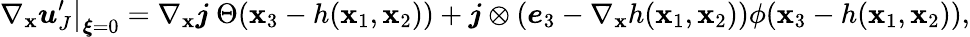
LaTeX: \nabla_{\boldsymbol{\mathbf{x}}}\left.\boldsymbol{u}_{J}^{\prime}\right|_{\boldsymbol{\xi}=0}=\nabla_{\boldsymbol{\mathbf{x}}}\boldsymbol{j}\ \Theta(\mathbf{x}_{3}-h(\mathbf{x}_{1},\mathbf{x}_{2}))+\boldsymbol{j}\otimes\left(\boldsymbol{e}_{3}-\nabla_{\boldsymbol{\mathbf{x}}}h(\mathbf{x}_{1},\mathbf{x}_{2})\right)\phi(\mathbf{x}_{3}-h(\mathbf{x}_{1},\mathbf{x}_{2})),